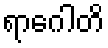
ရာဂေါတိ